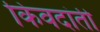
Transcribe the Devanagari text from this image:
किंवदांती